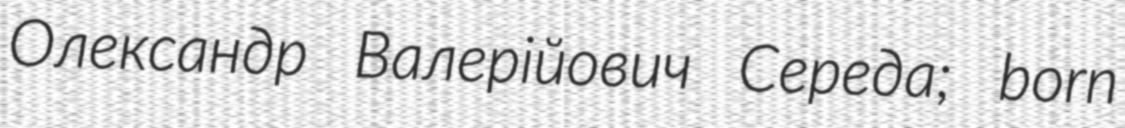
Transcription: Олександр Валерійович Середа; born